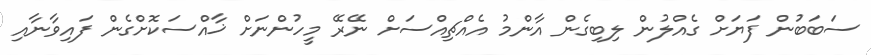
ސަބަބުން ފަޔަށް ގެއްލުން ލިބިގެން އާންމު އެއްޗިއްސަށް ނޭރޭ މީހުންނަށް ޚާއްސަކޮށްގެން ފައިވާނާއި